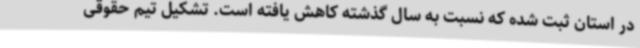
در استان ثبت شده که نسبت به سال گذشته کاهش یافته است. تشکیل تیم حقوقی